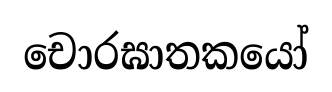
චොරඝාතකයෝ